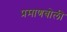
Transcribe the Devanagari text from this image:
प्रमाणबोली